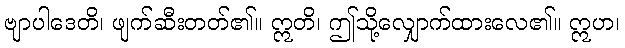
ဗျာပါဒေတိ၊ ဖျက်ဆီးတတ်၏။ ဣတိ၊ ဤသို့လျှောက်ထားလေ၏။ ဣဟ၊